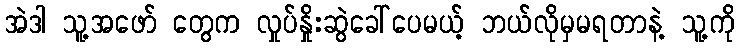
အဲဒါ သူ့အဖော် တွေက လှုပ်နှိုးဆွဲခေါ်ပေမယ့် ဘယ်လိုမှမရတာနဲ့ သူ့ကို